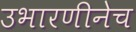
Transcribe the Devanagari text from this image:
उभारणीनेच